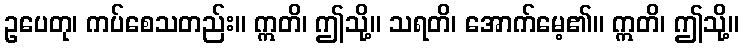
ဥပေတု၊ ကပ်စေသတည်း။ ဣတိ၊ ဤသို့။ သရတိ၊ အောက်မေ့၏။ ဣတိ၊ ဤသို့။